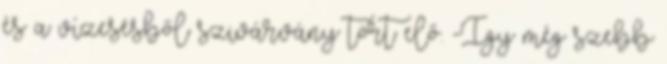
és a vízesésből szivárvány tört elő. -Így még szebb